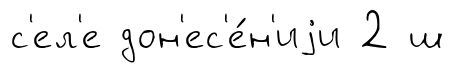
с'ел'е дон'ес'е́н'иjи 2 ш